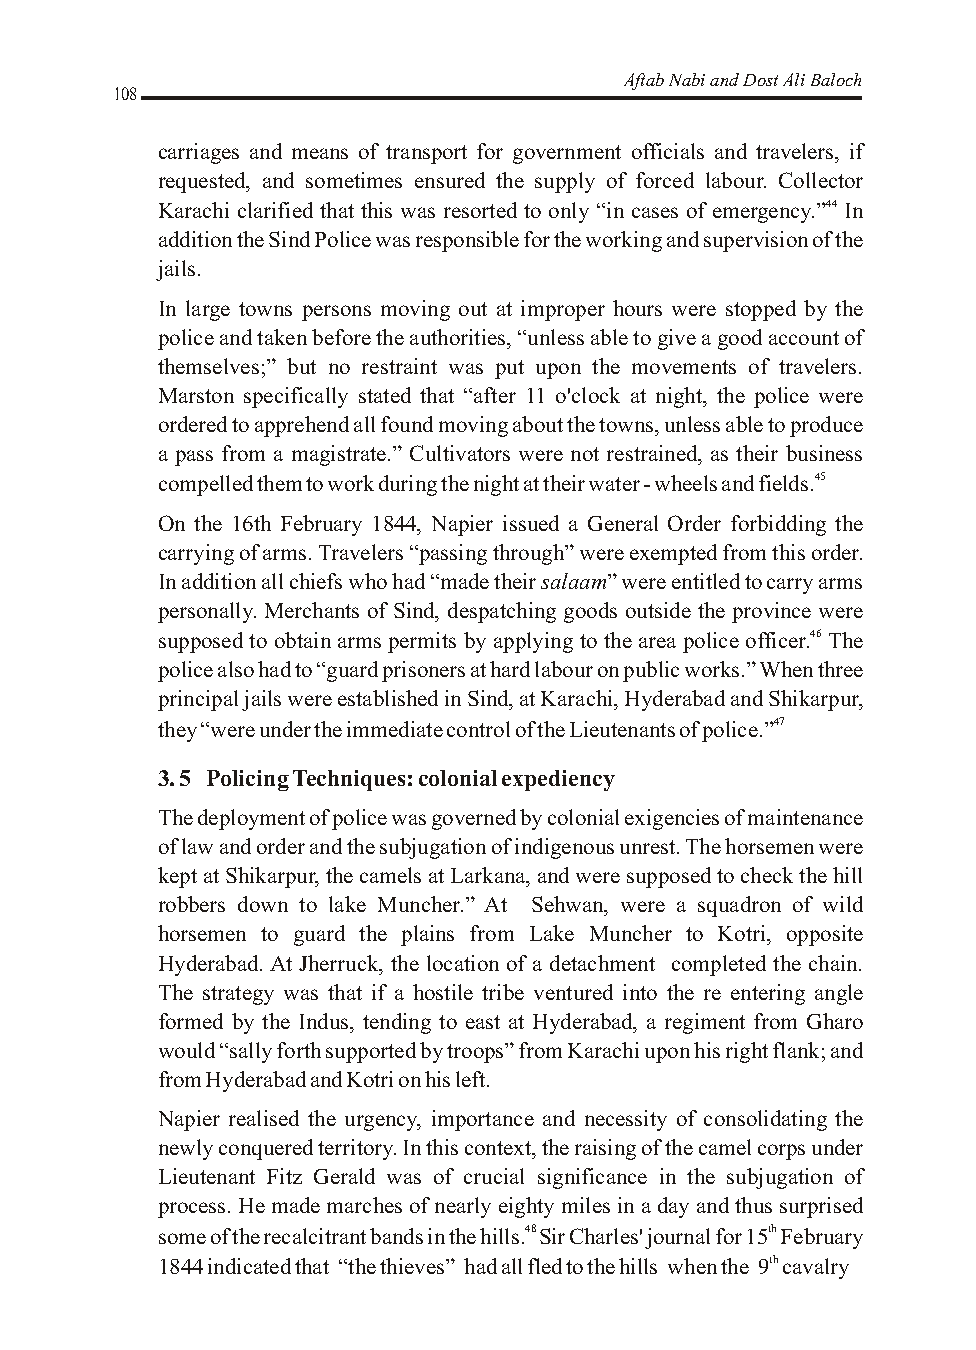
Aftab Nabi and Dost Ali Baloch
 108
 carriages and means of transport for government officials and travelers, if
 requested, and sometimes ensured the supply of forced labour. Collector
 Karachi clarified that this was resorted to only “in cases of emergency.”44 In
 addition the Sind Police was responsible for the working and supervision of the
 jails.
 In large towns persons moving out at improper hours were stopped by the
 police and taken before the authorities, “unless able to give a good account of
 themselves;” but no restraint was put upon the movements of travelers.
 Marston specifically stated that “after 11 o'clock at night, the police were
 ordered to apprehend all found moving about the towns, unless able to produce
 a pass from a magistrate.” Cultivators were not restrained, as their business
 compelled them to work during the night at their water - wheels and fields.45
 On the 16th February 1844, Napier issued a General Order forbidding the
 carrying of arms. Travelers “passing through” were exempted from this order.
 In addition all chiefs who had “made their salaam” were entitled to carry arms
 personally. Merchants of Sind, despatching goods outside the province were
 supposed to obtain arms permits by applying to the area police officer.46 The
 police also had to “guard prisoners at hard labour on public works.” When three
 principal jails were established in Sind, at Karachi, Hyderabad and Shikarpur,
 they “were under the immediate control of the Lieutenants of police.”47
 3. 5 Policing Techniques: colonial expediency
 The deployment of police was governed by colonial exigencies of maintenance
 of law and order and the subjugation of indigenous unrest. The horsemen were
 kept at Shikarpur, the camels at Larkana, and were supposed to check the hill
 robbers down to lake Muncher.” At Sehwan, were a squadron of wild
 horsemen to guard the plains from Lake Muncher to Kotri, opposite
 Hyderabad. At Jherruck, the location of a detachment completed the chain.
 The strategy was that if a hostile tribe ventured into the re entering angle
 formed by the Indus, tending to east at Hyderabad, a regiment from Gharo
 would “sally forth supported by troops” from Karachi upon his right flank; and
 from Hyderabad and Kotri on his left.
 Napier realised the urgency, importance and necessity of consolidating the
 newly conquered territory. In this context, the raising of the camel corps under
 Lieutenant Fitz Gerald was of crucial significance in the subjugation of
 process. He made marches of nearly eighty miles in a day and thus surprised
 some of the recalcitrant bands in the hills.48 Sir Charles' journal for 15th February
 1844 indicated that “the thieves” had all fled to the hills when the 9th cavalry